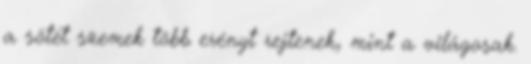
a sötét szemek több erényt rejtenek, mint a világosak.